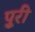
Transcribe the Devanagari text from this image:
पुूरी